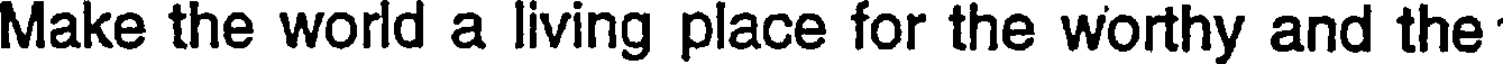
Make the world a living place for the worthy and the